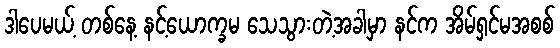
ဒါပေမယ့် တစ်နေ့ နင့်ယောက္ခမ သေသွားတဲ့အခါမှာ နင်က အိမ်ရှင်မအစစ်